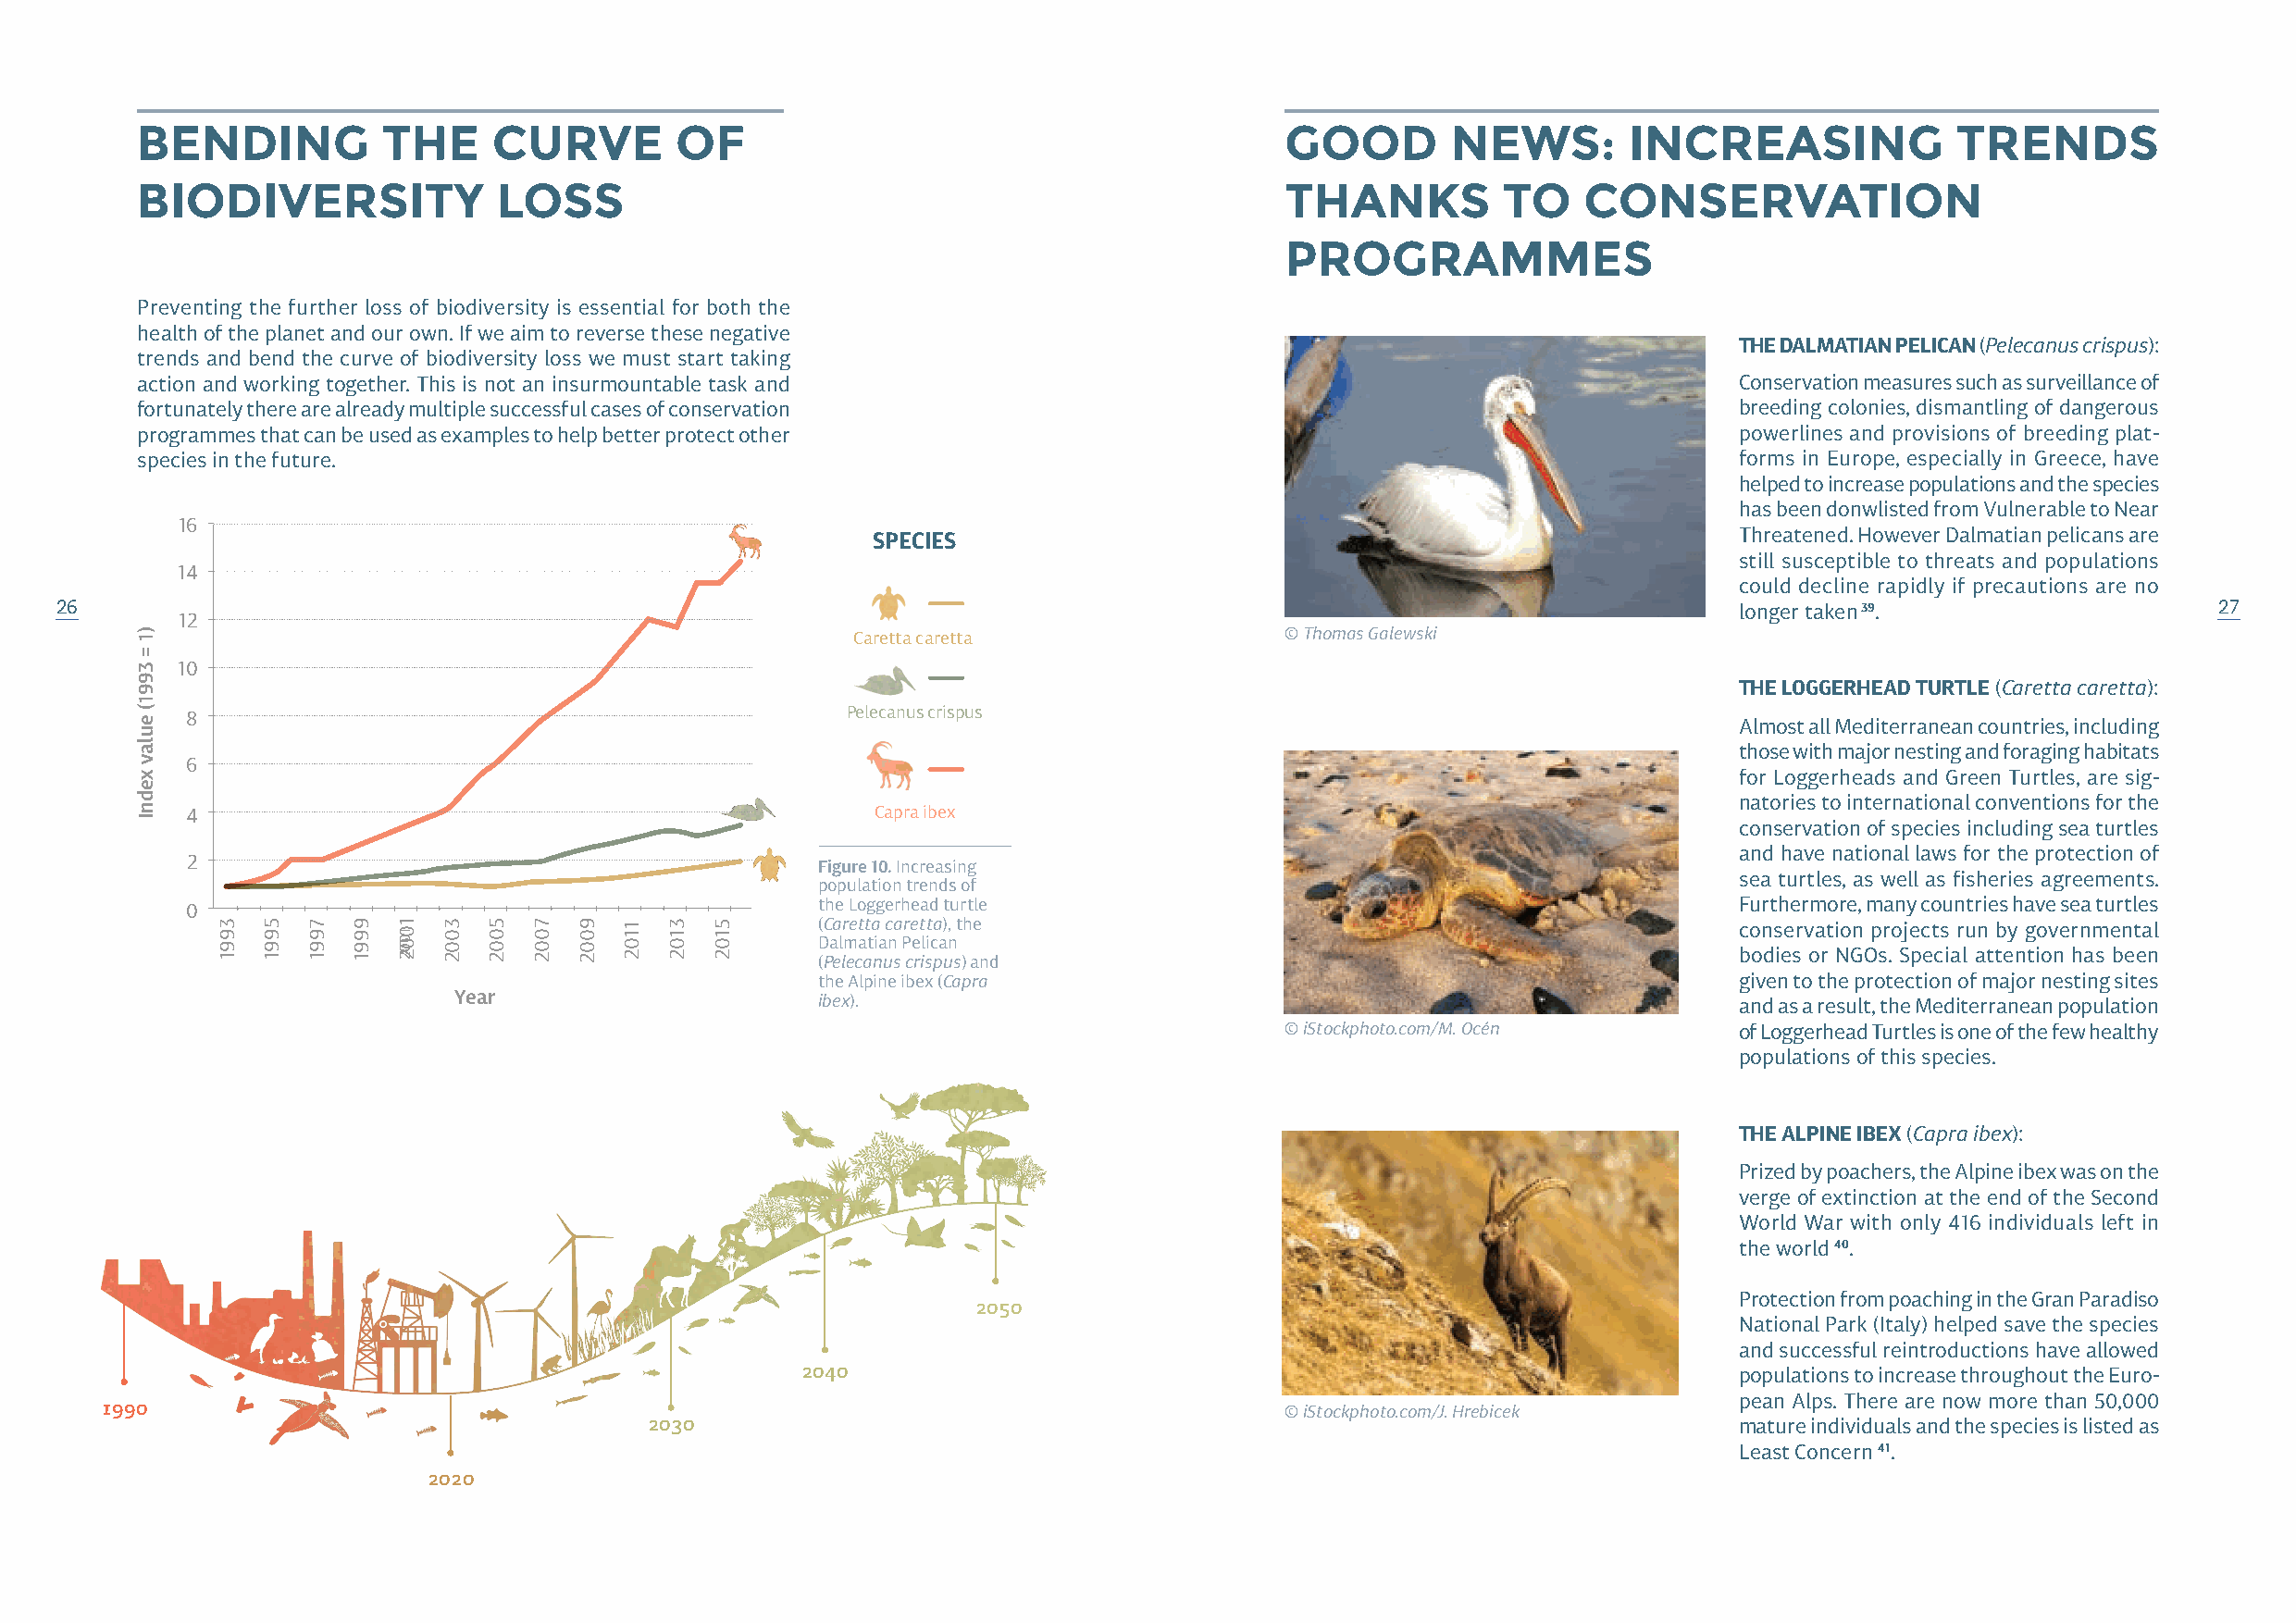
BENDING          THE     CURVE        OF                                          GOOD        NEWS:       INCREASING              TRENDS
 BIODIVERSITY              LOSS                                                    THANKS         TO    CONSERVATION
 PROGRAMMES
 Preventing the further loss of biodiversity is essential for both the
 health of the planet and our own. If we aim to reverse these negative
 THE DALMATIAN PELICAN (Pelecanus crispus):
 trends and bend the curve of biodiversity loss we must start taking
 action and working together. This is not an insurmountable task and                                               Conservation measures such as surveillance of
 fortunately there are already multiple successful cases of conservation                                           breeding colonies, dismantling of dangerous
 programmes that can be used as examples to help better protect other                                              powerlines and provisions of breeding plat-
 species in the future.                                                                                            forms in Europe, especially in Greece, have
 helped to increase populations and the species
 has been donwlisted from Vulnerable to Near
 16
 SPECIES                                                       Threatened. However Dalmatian pelicans are
 still susceptible to threats and populations
 14
 could decline rapidly if precautions are no
 26                                                                                                                      longer taken 39.                   27
 12
 Caretta caretta                © Thomas Galewski
 10
 THE LOGGERHEAD TURTLE (Caretta caretta):
 8                                               Pelecanus crispus                                              Almost all Mediterranean countries, including
 those with major nesting and foraging habitats
 6
 for Loggerheads and Green Turtles, are sig-
 natories to international conventions for the
 4                                                 Capra ibex
 conservation of species including sea turtles
 and have national laws for the protection of
 2
 Figure 10. Increasing
 sea turtles, as well as fisheries agreements.
 population trends of
 0                                             the Loggerhead turtle                                            Furthermore, many countries have sea turtles
 (Caretta caretta), the                                           conservation projects run by governmental
 Dalmatian Pelican
 bodies or NGOs. Special attention has been
 (Pelecanus crispus) and
 the Alpine ibex (Capra                                           given to the protection of major nesting sites
 Year                       ibex).                                                           and as a result, the Mediterranean population
 © iStockphoto.com/M. Océn       of Loggerhead Turtles is one of the few healthy
 populations of this species.
 THE ALPINE IBEX (Capra ibex):
 Prized by poachers, the Alpine ibex was on the
 verge of extinction at the end of the Second
 World War with only 416 individuals left in
 the world 40.
 Protection from poaching in the Gran Paradiso
 2050
 National Park (Italy) helped save the species
 and successful reintroductions have allowed
 2040                                                               populations to increase throughout the Euro-
 pean Alps. There are now more than 50,000
 1990                                                                                 © iStockphoto.com/J. Hrebicek
 2030                                                                          mature individuals and the species is listed as
 Least Concern 41.
 2020
 )1
 =
 3991(
 eulav
 xednI
 3991 5991 7991 9991 10100022 3002 5002 7002 9002 1102 3102 5102